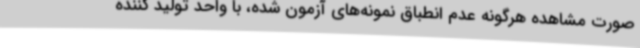
صورت مشاهده هرگونه عدم انطباق نمونه‌های آزمون شده، با واحد تولید کننده